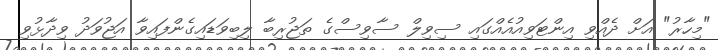
"މިހާރު" އަށް ދެއްވި އިންޓަވިއުއެއްގައި ސިވިލް ސާވިސްގެ ތަޖުރިބާ ލިބިވަޑައިގެންފައިވާ އަޖުވަދު ވިދާޅުވި